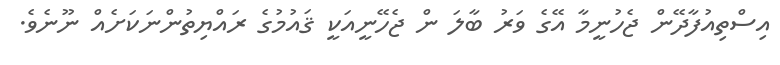
އިސްތިއުފާދޭން ޖެހުނީމާ އޭގެ ވަރު ބާލަ ން ޖެހޭނީއަކީ ޤައުމުގެ ރައްޔިތުންނަކަށެއް ނޫނެވެ.